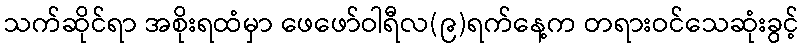
သက်ဆိုင်ရာ အစိုးရထံမှာ ဖေဖော်ဝါရီလ(၉)ရက်နေ့က တရားဝင်သေဆုံးခွင့်